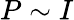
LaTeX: P\sim I